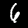
Label: 6